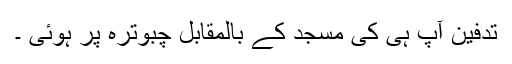
تدفین آپ ہی کی مسجد کے بالمقابل چبوترہ پر ہوئی ۔